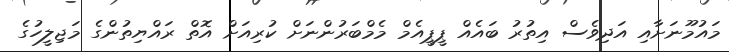
މައުމޫނަށާއި އަދިވެސް އިތުރު ބައެއް ޕީޕީއެމް މެމްބަރުންނަށް ކުރިއަށް އޮތް ރައްޔިތުންގެ މަޖިލީހުގެ